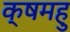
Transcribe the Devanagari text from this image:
क्षमहु